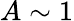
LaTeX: A\sim 1